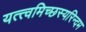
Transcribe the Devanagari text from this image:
यत्त्वमिच्छस्यरिन्दम